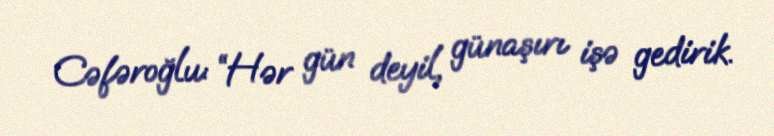
Cəfəroğlu: “Hər gün deyil, günaşırı işə gedirik.